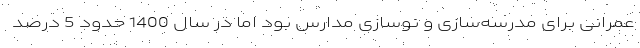
عمرانی برای مدرسه‌سازی و نوسازی مدارس بود اما در سال 1400 حدود 5 درصد